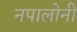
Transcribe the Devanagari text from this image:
नपालोनी